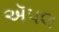
ઍપલ